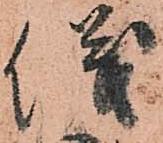
儀